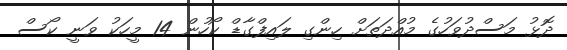
ދޮޅު މަސްދުވަހުގެ މުއްދަތަށް ހިންގި ލައިފްގާޑް ކޯހުން 14 މީހަކު ވަނީ ކޯސް